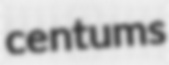
centums